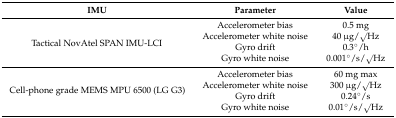
<table><thead><tr><td><b>IMU</b></td><td><b>Parameter</b></td><td><b>Value</b></td></tr></thead><tbody><tr><td rowspan="4">Tactical NovAtel SPAN IMU-LCI</td><td>Accelerometer bias</td><td>0.5 mg</td></tr><tr><td>Accelerometer white noise</td><td>40 μg/√Hz</td></tr><tr><td>Gyro drift</td><td>0.3°/h</td></tr><tr><td>Gyro white noise</td><td>0.001°/s/√Hz</td></tr><tr><td rowspan="4">Cell-phone grade MEMS MPU 6500 (LG G3)</td><td>Accelerometer bias</td><td>60 mg max</td></tr><tr><td>Accelerometer white noise</td><td>300 μg/√Hz</td></tr><tr><td>Gyro drift</td><td>0.24°/s</td></tr><tr><td>Gyro white noise</td><td>0.01°/s/√Hz</td></tr></tbody></table>